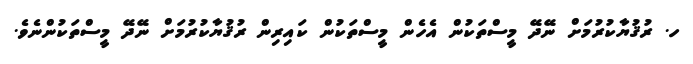
ހ. ރުޤުޔާކުރުމަށް ނޭދޭ މީސްތަކުން އެހެން މީސްތަކުން ކައިރިން ރުޤުޔާކުރުމަށް ނޭދޭ މީސްތަކުންނެވެ.